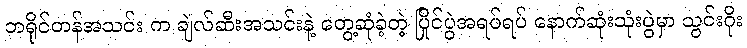
ဘရိုင်တန်အသင်း က ချဲလ်ဆီးအသင်းနဲ့ တွေ့ဆုံခဲ့တဲ့ ပြိုင်ပွဲအရပ်ရပ် နောက်ဆုံးသုံးပွဲမှာ သွင်းဂိုး